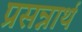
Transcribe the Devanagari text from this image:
प्रसन्नार्थ